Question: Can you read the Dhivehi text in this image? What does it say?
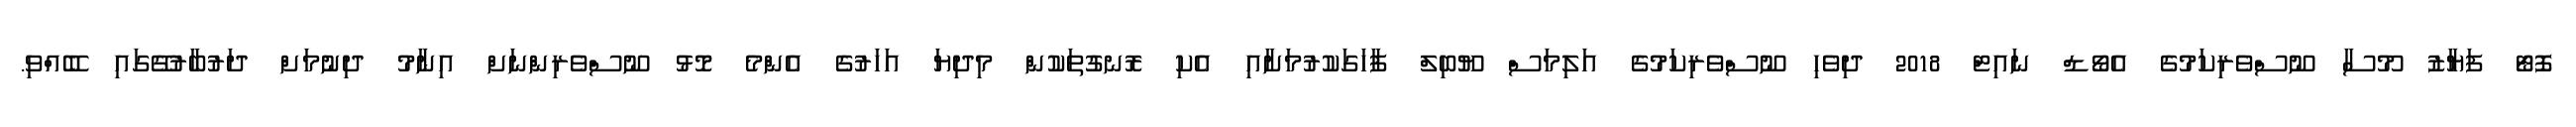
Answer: ފޮޓޯ ފަޔާޒު މޫސާ ނޫސްވެރިކަމުގެ އެވޯޑް ނައިޓް 2018 ދިވެހި ނޫސްވެރިކަމުގެ އަލިމަސް ޔޫބިލް ފާހަގަކުރުމަށާއި އެކި ރޮނގުތަކުން މިދިޔަ އަހަރުގެ އެންމެ މޮޅު ނޫސްވެރިންނަށް އިނާމު ދިނުމަށް ދަރުބާރުގޭގައި ބޭއްވި.